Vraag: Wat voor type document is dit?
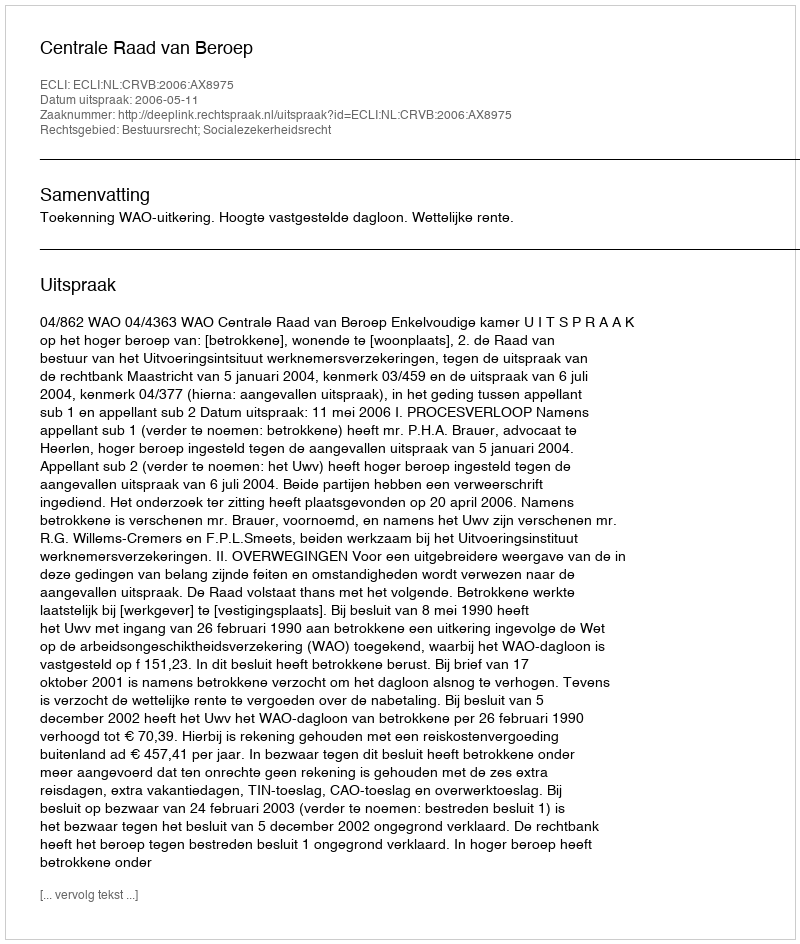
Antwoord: Uitspraak